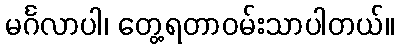
မင်္ဂလာပါ၊ တွေ့ရတာဝမ်းသာပါတယ်။